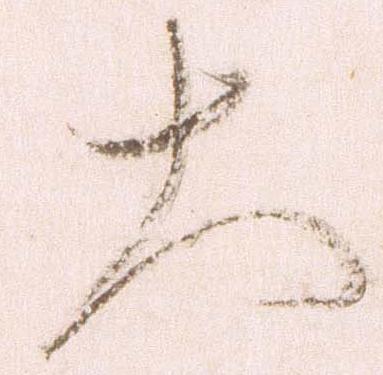
大